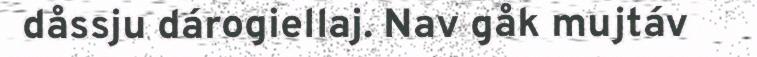
dåssju dárogiellaj. Nav gåk mujtáv